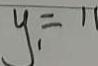
y _ { 1 } = 1